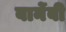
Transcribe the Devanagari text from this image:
बार्नेबी